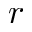
\boldsymbol { r }